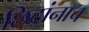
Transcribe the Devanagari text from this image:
छिद्रांनाच